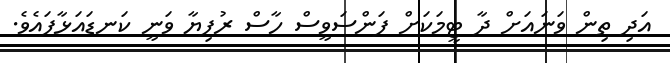
އަދި ތިން ވަނައަށް ދާ ޓީމަކަށް ފަންސަވީސް ހާސް ރުފިޔާ ވަނީ ކަނޑައަޅާފައެވެ.